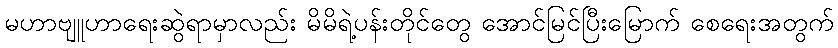
မဟာဗျူဟာရေးဆွဲရာမှာလည်း မိမိရဲ့ပန်းတိုင်တွေ အောင်မြင်ပြီးမြောက် စေရေးအတွက်